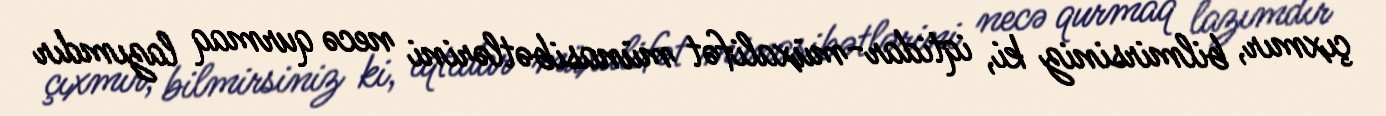
çıxmır, bilmirsiniz ki, iqtidar-müxalifət münasibətlərini necə qurmaq lazımdır